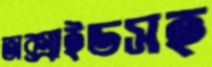
অক্সাইডসহ